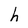
Character: h